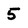
Character: 5